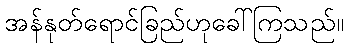
အန်နုတ်ရောင်ခြည်ဟုခေါ်ကြသည်။